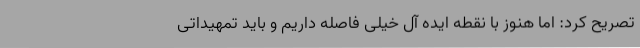
تصریح کرد: اما هنوز با نقطه ایده آل خیلی فاصله داریم و باید تمهیداتی